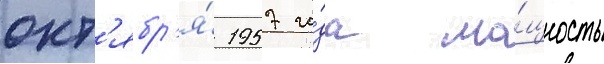
окт'ябр'я́ 1957 го́да мо́щность